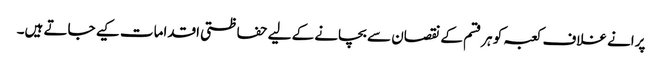
پرانے غلاف کعبہ کو ہرقسم کے نقصان سے بچانے کے لیے حفاظتی اقدامات کیے جاتے ہیں۔